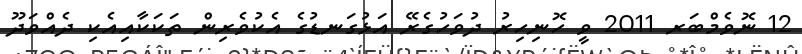
12 ނޮވެމްބަރ 2011 ވީ ހޮނިހިރު ދުވަހުގެރޭ އަޅުގަނޑުގެ އެކުވެރިން ތަކަކާއިއެކި ދެއްވަދޫ